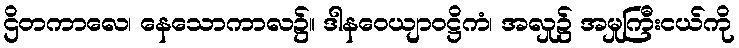
ဌိတကာလေ၊ နေသောကာလ၌။ ဒါနဝေယျာဝဋ္ဌိကံ၊ အလှု၌ အမှုကြီးငယ်ကို